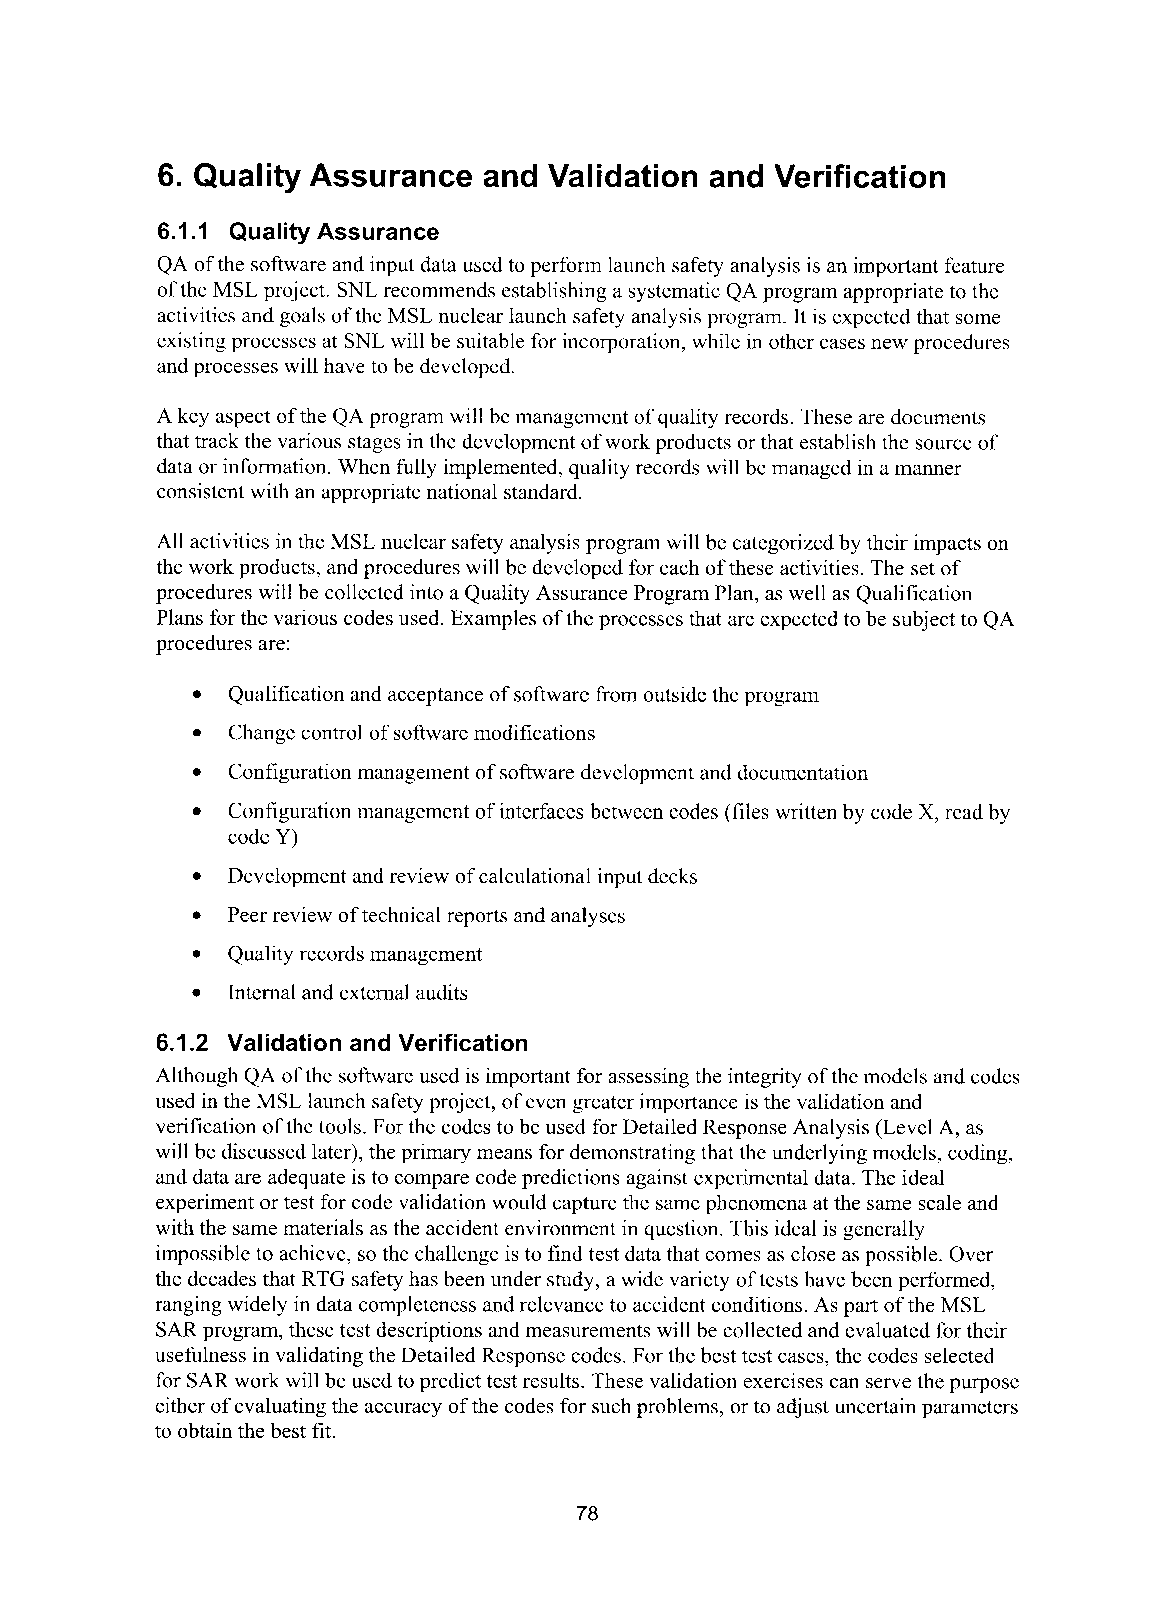
6. Quality Assurance  and Validation and Verification
 6.1 .I Quality Assurance
 QA of the software and input data used to perform launch safety analysis is an important feature
 of the MSL project. SNL recommends establishing a systematic QA program appropriate to the
 activities and goals of the MSL nuclear launch safety analysis program. It is expected that some
 existing processes at SNL will be suitable for incorporation, while in other cases new procedures
 and processes will have to be developed.
 A key aspect of the QA program will be management of quality records. These are documents
 that track the various stages in the development of work products or that establish the source of
 data or information. When fully implemented, quality records will be managed in a manner
 consistent with an appropriate national standard.
 All activities in the MSL nuclear safety analysis program will be categorized by their impacts on
 the work products, and procedures will be developed for each of these activities. The set of
 procedures will be collected into a Quality Assurance Program Plan, as well as Qualification
 Plans for the various codes used. Examples of the processes that are expected to be subject to QA
 procedures are:
 0 Qualification and acceptance of software from outside the program
 0 Change control of software modifications
 0 Configuration management of software development and documentation
 Configuration management of interfaces between codes (files written by code X, read by
 0
 code Y)
 Development and review of calculational input decks
 0
 0 Peer review of technical reports and analyses
 Quality records management
 0
 0 Internal and external audits
 6.1.2 Validation and Verification
 Although QA of the software used is important for assessing the integrity of the models and codes
 used in the MSL launch safety project, of even greater importance is the validation and
 verification of the tools. For the codes to be used for Detailed Response Analysis (Level A, as
 will be discussed later), the primary means for demonstrating that the underlying models, coding,
 and data are adequate is to compare code predictions against experimental data. The ideal
 experiment or test for code validation would capture the same phenomena at the same scale and
 with the same materials as the accident environment in question. This ideal is generally
 impossible to achieve, so the challenge is to find test data that comes as close as possible. Over
 the decades that RTG safety has been under study, a wide variety of tests have been performed,
 ranging widely in data completeness and relevance to accident conditions. As part of the MSL
 SAR program, these test descriptions and measurements will be collected and evaluated for their
 usefulness in validating the Detailed Response codes. For the best test cases, the codes selected
 for SAR work will be used to predict test results. These validation exercises can serve the purpose
 either of evaluating the accuracy of the codes for such problems, or to adjust uncertain parameters
 to obtain the best fit.
 78